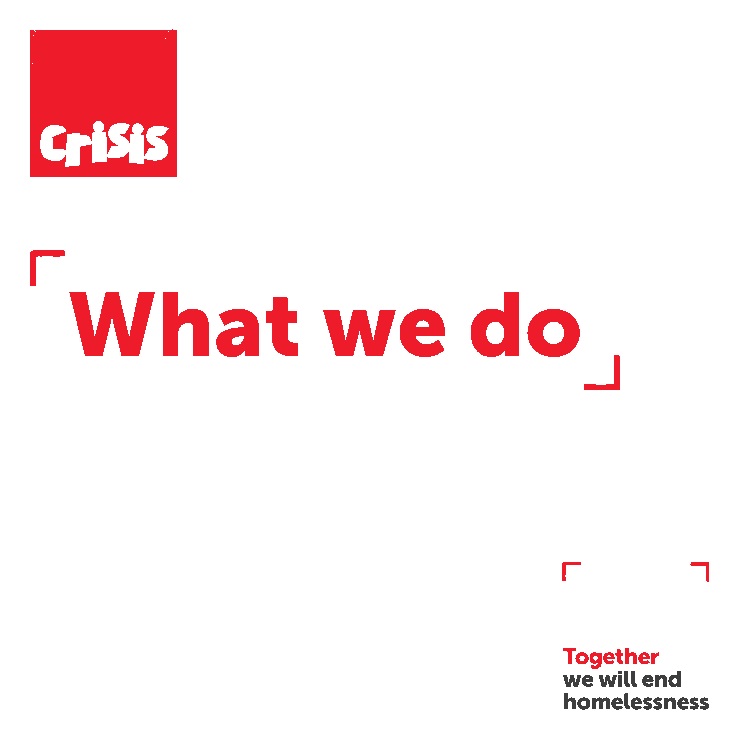
What             we        do